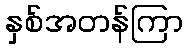
နှစ်အတန်ကြာ